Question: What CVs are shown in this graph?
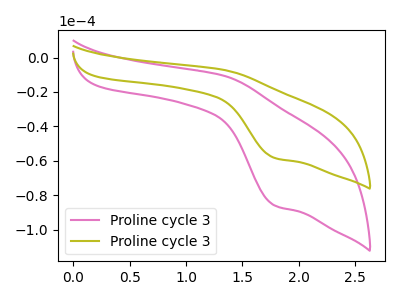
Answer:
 <answer>The pink curve is labeled "Proline cycle 31". The olive curve is labeled "Proline cycle 32".</answer>
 <eval></eval>